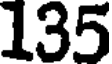
135